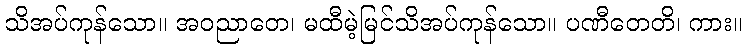
သိအပ်ကုန်သော။ အဝညာတေ၊ မထီမဲ့မြင်သိအပ်ကုန်သော။ ပဏီတေတိ၊ ကား။